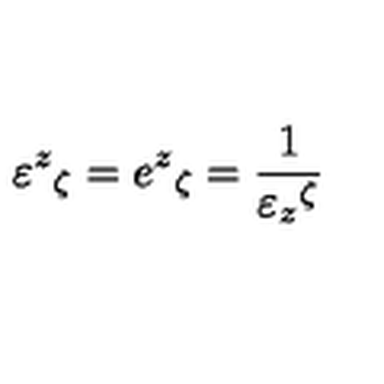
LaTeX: \varepsilon ^ { z } { } _ { \zeta } = e ^ { z } { } _ { \zeta } = \frac { 1 } { \varepsilon _ { z } { } ^ { \zeta } }